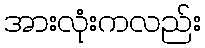
အားလုံးကလည်း